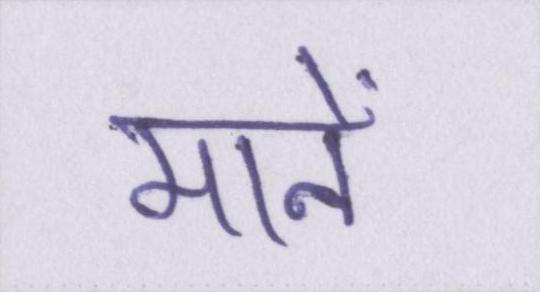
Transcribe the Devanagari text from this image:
मानें